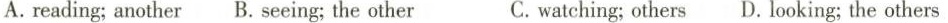
A.reading; another B. Seeing; the other C.watching;others D. Looking; the others